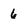
Character: 6